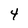
Character: 4